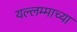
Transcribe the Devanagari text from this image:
यल्लम्माच्या